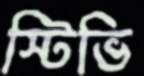
স্টিভি